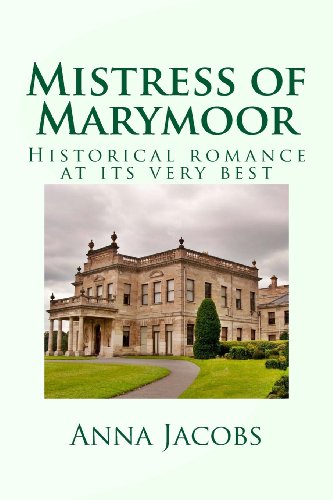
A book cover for Mistress of Marymoor: Historical romance at its very best; Anna Jacobs; Romance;